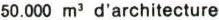
50.000 m3 d'architecture